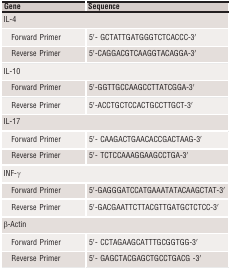
<table><thead><tr><td><b>Gene</b></td><td><b>Sequence</b></td></tr></thead><tbody><tr><td colspan="2">IL‐4</td></tr><tr><td>Forward Primer</td><td>5′‐ GCTATTGATGGGTCTCACCC‐3′</td></tr><tr><td>Reverse Primer</td><td>5′‐CAGGACGTCAAGGTACAGGA‐3′</td></tr><tr><td colspan="2">IL‐10</td></tr><tr><td>Forward Primer</td><td>5′‐GGTTGCCAAGCCTTATCGGA‐3′</td></tr><tr><td>Reverse Primer</td><td>5′‐ACCTGCTCCACTGCCTTGCT‐3′</td></tr><tr><td colspan="2">IL‐17</td></tr><tr><td>Forward Primer</td><td>5′‐ CAAGACTGAACACCGACTAAG‐3′</td></tr><tr><td>Reverse Primer</td><td>5′‐ TCTCCAAAGGAAGCCTGA‐3′</td></tr><tr><td colspan="2">INF‐γ</td></tr><tr><td>Forward Primer</td><td>5′‐GAGGGATCCATGAAATATACAAGCTAT‐3′</td></tr><tr><td>Reverse Primer</td><td>5′‐GACGAATTCTTACGTTGATGCTCTCC‐3′</td></tr><tr><td colspan="2">β‐Actin</td></tr><tr><td>Forward Primer</td><td>5′‐ CCTAGAAGCATTTGCGGTGG‐3′</td></tr><tr><td>Reverse Primer</td><td>5′‐ GAGCTACGAGCTGCCTGACG ‐3′</td></tr></tbody></table>